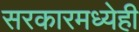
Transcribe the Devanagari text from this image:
सरकारमध्येही